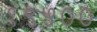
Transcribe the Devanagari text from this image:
१९५००